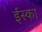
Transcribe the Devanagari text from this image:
ईस्का